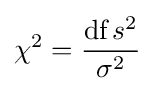
\chi ^{2}={\frac {{\text{df}}\,s^{2}}{\sigma ^{2}}}